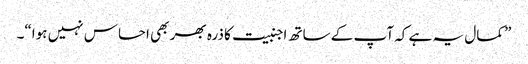
” کمال یہ ہے کہ آپ کے ساتھ اجنبیت کا ذرہ بھر بھی احساس نہیں ہوا“۔